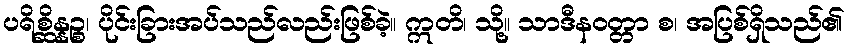
ပရိစ္ဆိန္နဉ္စ၊ ပိုင်းခြားအပ်သည်လည်းဖြစ်ခဲ့။ ဣတိ၊ သို့။ သာဒီနဝတ္တာ စ၊ အပြစ်ရှိသည်၏